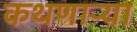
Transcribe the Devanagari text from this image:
कथणाऱ्या